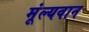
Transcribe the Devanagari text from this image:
मूंल्‍यवान